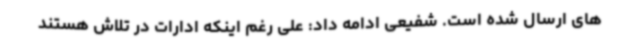
های ارسال شده است. شفیعی ادامه داد: علی رغم اینکه ادارات در تلاش هستند